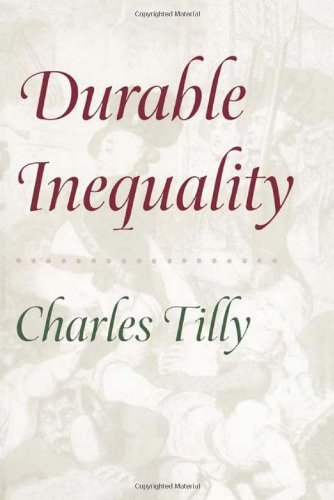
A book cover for Durable Inequality (Irene Flecknoe Ross Lecture); Charles Tilly; Business & Money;